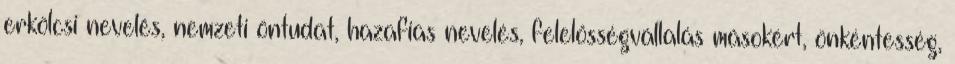
erkölcsi nevelés, nemzeti öntudat, hazafias nevelés, felelősségvállalás másokért, önkéntesség,